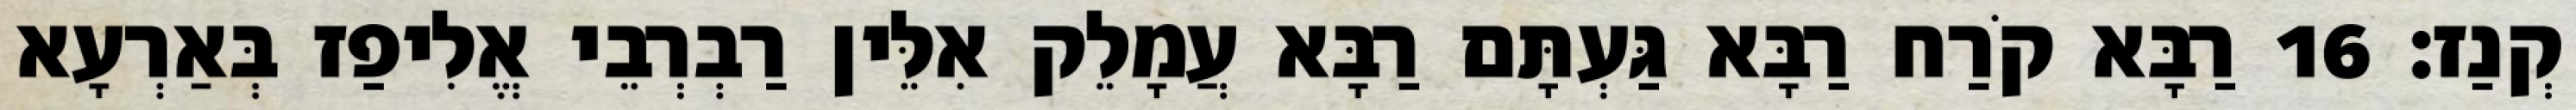
קְנַז׃ 16 רַבָּא קֹרַח רַבָּא גַּעְתָּם רַבָּא עֲמָלֵק אִלֵּין רַבְרְבֵי אֱלִיפַז בְּאַרְעָא